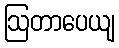
ဩတာပေယျ